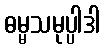
ဓမ္မသမုပ္ပါဒါ